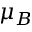
\mu _ { B }